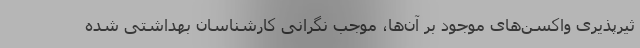
ثیرپذیری واکسن‌های موجود بر آن‌ها، موجب نگرانی کارشناسان بهداشتی شده